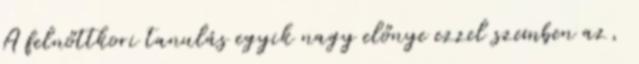
A felnőttkori tanulás egyik nagy előnye ezzel szemben az,